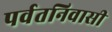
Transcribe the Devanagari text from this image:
पर्वतनिवासी